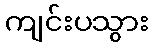
ကျင်းပသွား